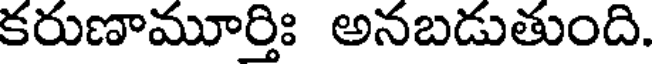
కరుణామూర్తిః అనబడుతుంది.